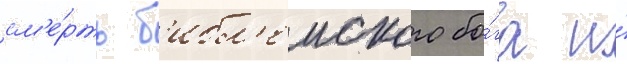
см'е́рть б'ибл'еиского бо́га и́